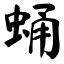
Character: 蛹